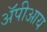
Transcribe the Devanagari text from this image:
ॲपीआय